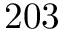
2 0 3